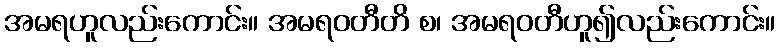
အမရဟူလည်းကောင်း။ အမရဝတီတိ စ၊ အမရဝတီဟူ၍လည်းကောင်း။